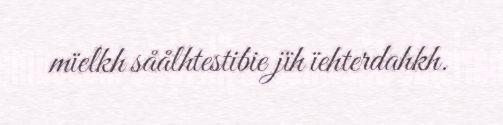
mïelkh såålhtestibie jïh ïehterdahkh.